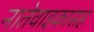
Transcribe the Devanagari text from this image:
नातेवाइकासह